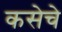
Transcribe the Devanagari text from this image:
कसेचे